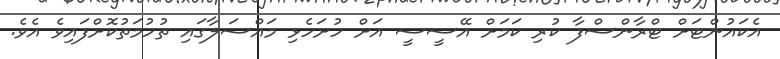
އެކައުންޓަށް ޓްރާންސްފާ ކުރި ކަމަށް އޭސީސީ އަށް ހުށަހެޅި މައްސަލާގައި ތުހުމަތުކޮށްފައިވެ އެވެ.